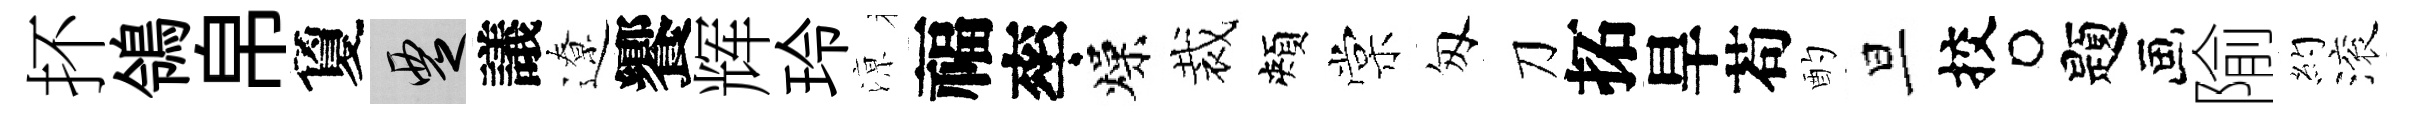
抔鴒帛夐覂議遼饗辉玲鿌福率燥裁頰棠匆刀拓旱苟酌旦挍题隃約滚